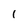
Character: 1